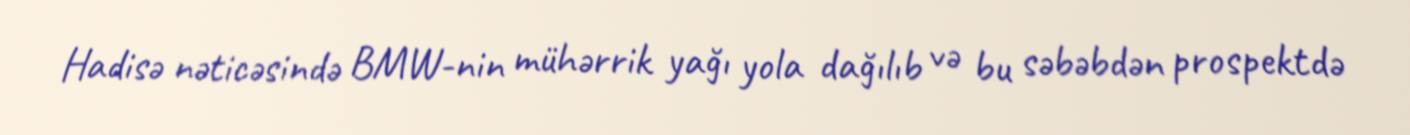
Hadisə nəticəsində BMW-nin mühərrik yağı yola dağılıb və bu səbəbdən prospektdə